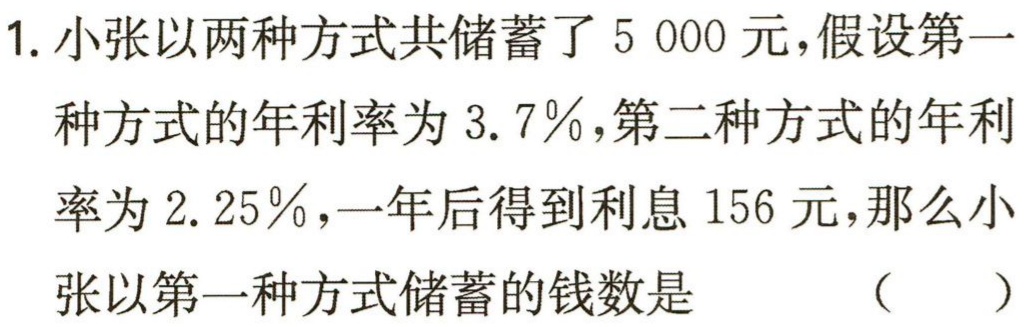
1. 小张以两种方式共储蓄了$5\ 000$元，假设第一种方式的年利率为$3.7\%$，第二种方式的年利率为$2.25\%$，一年后得到利息$156$元，那么小张以第一种方式储蓄的钱数是 （  ）